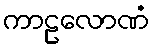
ကာဠလောဏံ